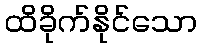
ထိခိုက်နိုင်သော